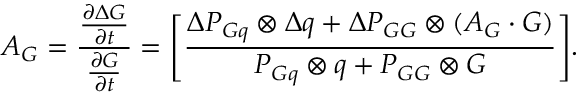
A _ { G } = { \frac { \frac { \partial \Delta G } { \partial t } } { \frac { \partial G } { \partial t } } } = \Biggl [ { \frac { \Delta P _ { G q } \otimes \Delta q + \Delta P _ { G G } \otimes ( A _ { G } \cdot G ) } { P _ { G q } \otimes q + P _ { G G } \otimes G } } \Biggr ] .